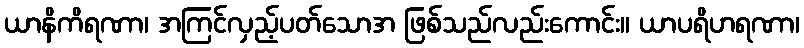
ယာနိကိရဏာ၊ အကြင်လှည့်ပတ်သောအ ဖြစ်သည်လည်းကောင်း။ ယာပရိဟရဏာ၊